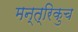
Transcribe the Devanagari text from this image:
मन्त्रिकुच